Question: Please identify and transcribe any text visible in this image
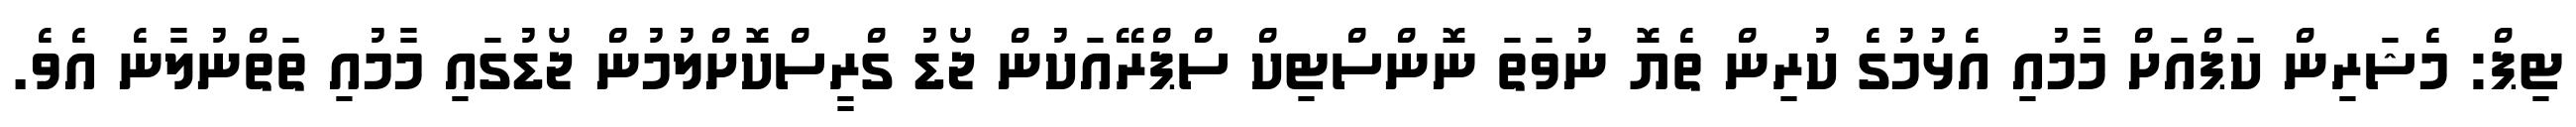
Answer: ޓިޕް: މެޝަރިން ކަޕްއަށް މާމުއި އެޅުމުގެ ކުރިން ތެޔޮ ނުވަތަ ނޮންސްޓިކް ސްޕްރޭއަކުން ޖޯޑު ގްރީސްކޮށްލުމުން ޖޯޑުގައި މާމުއި ތަތްނުލާނެ އެވެ.